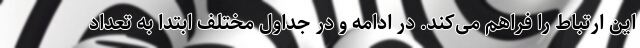
این ارتباط را فراهم می‌کند. در ادامه و در جداول مختلف ابتدا به تعداد